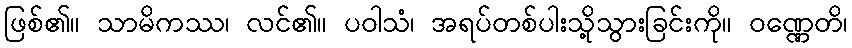
ဖြစ်၏။ သာမိကဿ၊ လင်၏။ ပဝါသံ၊ အရပ်တစ်ပါးသို့သွားခြင်းကို။ ဝဏ္ဏေတိ၊